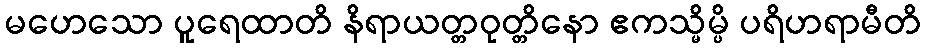
မဟေသော ပူရေထာတိ နိရာယတ္တဝုတ္တိနော ဧကသ္မိမ္ပိ ပရိဟရာမီတိ